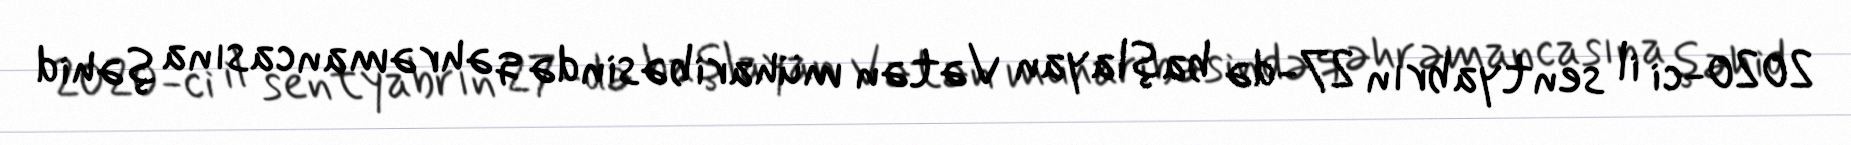
2020-ci il sentyabrın 27-də başlayan Vətən müharibəsində qəhrəmancasına şəhid